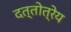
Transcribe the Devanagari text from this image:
दत्तोत्रेय